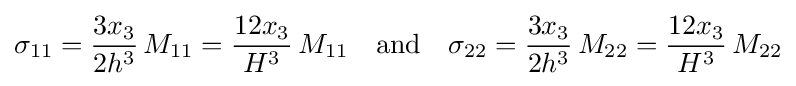
\sigma _{11}={\frac {3x_{3}}{2h^{3}}}\,M_{11}={\frac {12x_{3}}{H^{3}}}\,M_{11}\quad {\text{and}}\quad \sigma _{22}={\frac {3x_{3}}{2h^{3}}}\,M_{22}={\frac {12x_{3}}{H^{3}}}\,M_{22}